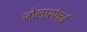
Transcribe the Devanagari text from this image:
जोलारपेत्तई